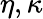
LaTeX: \eta,\kappa